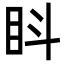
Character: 䀞